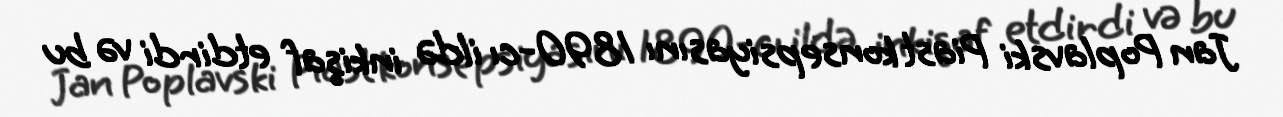
Jan Poplavski Piast konsepsiyasını 1890-cı ildə inkişaf etdirdi və bu